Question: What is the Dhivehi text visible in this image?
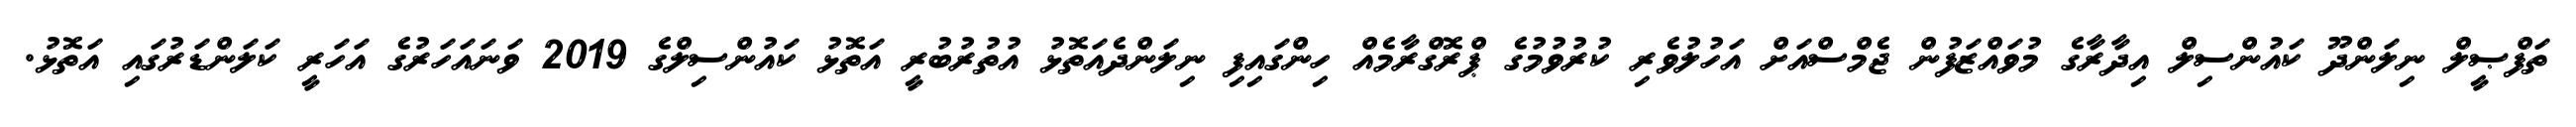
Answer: ތަފްޞީލް ނިލަންދޫ ކައުންސިލް އިދާރާގެ މުވައްޒަފުން ޖެމްސްއަށް އަހުލުވެރި ކުރުވުމުގެ ޕްރޮގްރާމެއް ހިންގައިފި ނިލަންދެއަތޮޅު އުތުރުބުރީ އަތޮޅު ކައުންސިލްގެ 2019 ވަނައަހަރުގެ އަހަރީ ކަލަންޑަރުގައި އަތޮޅު.